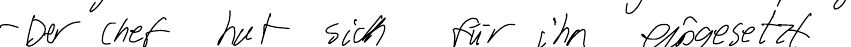
- Der Chef hat sich für ihn eingesetzt